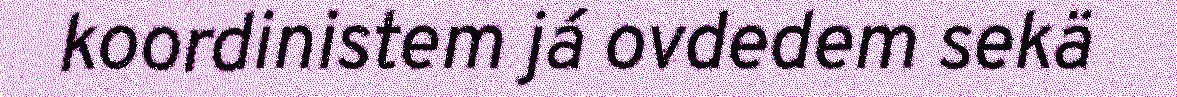
koordinistem já ovdedem sekä